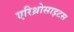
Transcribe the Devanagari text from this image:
एरिथ्रोसाइटस